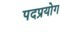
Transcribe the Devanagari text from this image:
पदप्रयोग